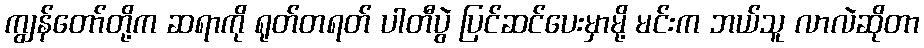
ကျွန်တော်တို့က ဆရာကို ရုတ်တရတ် ပါတီပွဲ ပြင်ဆင်ပေးမှာမို့ မင်းက ဘယ်သူ လာလဲဆိုတာ